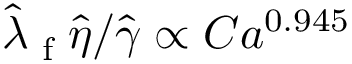
\hat { \lambda } \textsubscript { f } \hat { \eta } / \hat { \gamma } \propto C a ^ { 0 . 9 4 5 }